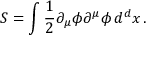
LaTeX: S = \int { \frac { 1 } { 2 } } \partial _ { \mu } \phi \partial ^ { \mu } \phi \, d ^ { d } x \, .